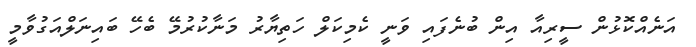
އަނެއްކޮޅުން ސީރިއާ އިން ބުނެފައި ވަނީ ކެމިކަލް ހަތިޔާރު މަނާކުރުމޭ ބެހޭ ބައިނަލްއަގުވާމީ